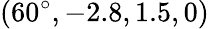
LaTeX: (60^{\circ},-2.8,1.5,0)